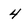
Character: 4